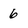
Character: 6